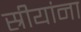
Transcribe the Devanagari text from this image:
स्रीयांना